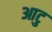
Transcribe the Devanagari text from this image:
आटु